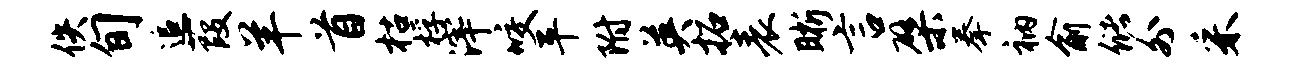
佚旬追葭羊首枯桴滓咬平附英拓表晰言檗拳衲俞储外采